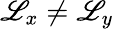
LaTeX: \mathscr{L}_{x}\neq\mathscr{L}_{y}